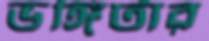
ভঙ্গিটার